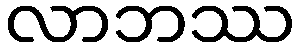
လာဘဿ